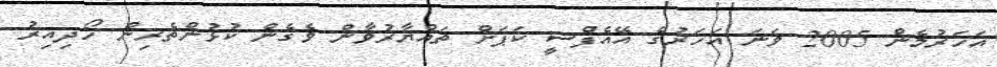
އަހަރުމެން 2005 ވަނަ އަހަރުގެ އޭއެފްސީ ކަޕަށް ތައްޔާރުވާން ވެގެން ކުޅުންތެރިން ހޯދިއިރު